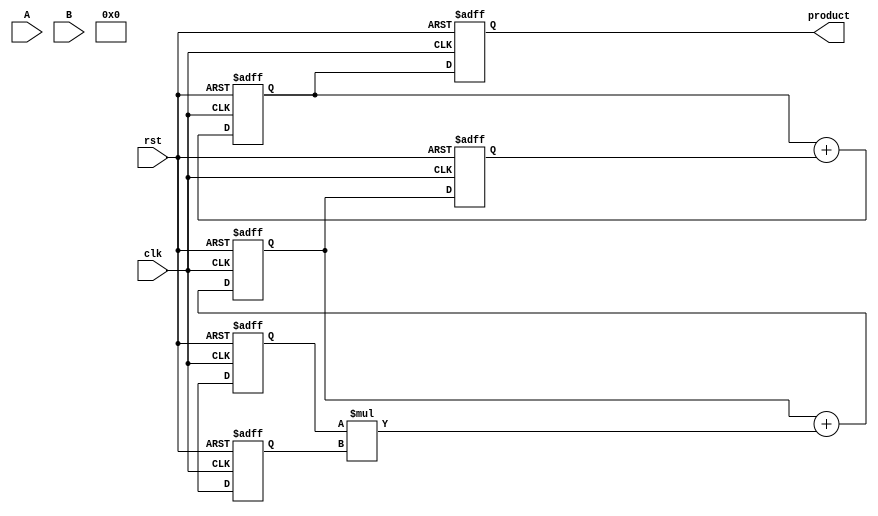
module pipelined_sliced_multiplier #(
    parameter A_WIDTH = 16, // Width of operand A
    parameter B_WIDTH = 16, // Width of operand B
    parameter SLICE_WIDTH = 4, // Width of each slice
    parameter NUM_SLICES = (A_WIDTH / SLICE_WIDTH) + (B_WIDTH / SLICE_WIDTH) // Number of slices
)(
    input clk,
    input rst,
    input [A_WIDTH-1:0] A,
    input [B_WIDTH-1:0] B,
    output reg [A_WIDTH + B_WIDTH - 1:0] product // Output product
);

    // Intermediate signals
    reg [A_WIDTH-1:0] A_reg [0:NUM_SLICES-1]; // Registers for A slices
    reg [B_WIDTH-1:0] B_reg [0:NUM_SLICES-1]; // Registers for B slices
    reg [A_WIDTH + B_WIDTH - 1:0] partial_products [0:NUM_SLICES-1]; // Partial products
    reg [A_WIDTH + B_WIDTH - 1:0] sum; // Sum of partial products

    // Pipeline registers
    reg [A_WIDTH + B_WIDTH - 1:0] pipeline_reg [0:NUM_SLICES-1];

    // Generate partial products
    integer i, j;
    always @(posedge clk or posedge rst) begin
        if (rst) begin
            // Reset all registers
            for (i = 0; i < NUM_SLICES; i = i + 1) begin
                A_reg[i] <= 0;
                B_reg[i] <= 0;
                partial_products[i] <= 0;
                pipeline_reg[i] <= 0;
            end
            product <= 0;
            sum <= 0;
        end else begin
            // Slice input operands
            for (i = 0; i < NUM_SLICES; i = i + 1) begin
                A_reg[i] <= A[(i+1)*SLICE_WIDTH-1 -: SLICE_WIDTH];
                B_reg[i] <= B[(i+1)*SLICE_WIDTH-1 -: SLICE_WIDTH];
            end

            // Generate partial products
            for (i = 0; i < NUM_SLICES; i = i + 1) begin
                for (j = 0; j < NUM_SLICES; j = j + 1) begin
                    partial_products[i] <= partial_products[i] + (A_reg[i] * B_reg[j]);
                end
            end

            // Pipelining: Shift partial products into pipeline registers
            for (i = 0; i < NUM_SLICES-1; i = i + 1) begin
                pipeline_reg[i+1] <= partial_products[i];
            end
            pipeline_reg[0] <= partial_products[0];

            // Sum the partial products in the last stage
            sum <= 0;
            for (i = 0; i < NUM_SLICES; i = i + 1) begin
                sum <= sum + pipeline_reg[i];
            end

            // Output the final product
            product <= sum;
        end
    end

endmodule